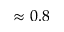
\approx 0 . 8